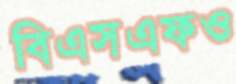
বিএসএফও